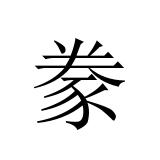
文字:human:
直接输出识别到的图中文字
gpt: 豢